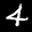
Label: 4